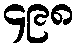
၄၉၈